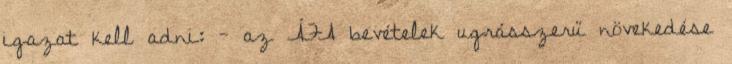
igazat kell adni: - az ÁFA bevételek ugrásszerű növekedése